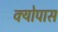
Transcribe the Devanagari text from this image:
क्योपास